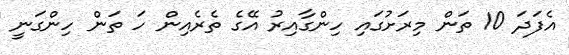
އެފަދަ 10 ތަން މިރަށުގައި ހިންގާއިރު އޭގެ ތެރެއިން ހަ ތަން ހިންގަނީ